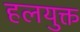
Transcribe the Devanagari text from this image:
हलयुक्त